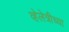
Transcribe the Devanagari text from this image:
व्हेलेत्रीच्या